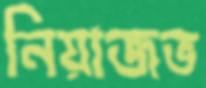
নিয়াজভ